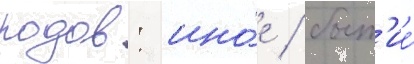
родов: ино́е / быт'ие́